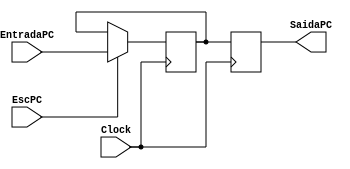
module ProgramCounter (Clock, EscPC, EntradaPC, SaidaPC);
    input wire Clock, EscPC;
    input wire [7:0] EntradaPC;
    output reg [7:0] SaidaPC;
    
    reg[7:0] MemoriaPC;

    always @(posedge Clock)
    begin
        //Grava o endereo da entrada na subida do Clock
        if(EscPC) MemoriaPC = EntradaPC;
    end
    always @(negedge Clock)
    begin
        //Atribui o endereo  sada na descida do Clock
        SaidaPC = MemoriaPC;
    end
endmodule